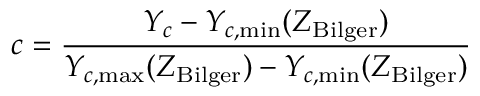
c = \frac { Y _ { c } - Y _ { c , \mathrm { m i n } } ( Z _ { \mathrm { B i l g e r } } ) } { Y _ { c , \mathrm { m a x } } ( Z _ { \mathrm { B i l g e r } } ) - Y _ { c , \mathrm { m i n } } ( Z _ { \mathrm { B i l g e r } } ) }